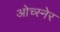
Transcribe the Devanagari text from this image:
ओच्स्नेर